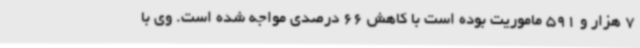
7 هزار و 591 ماموریت بوده است با کاهش 66 درصدی مواجه شده است. وی با